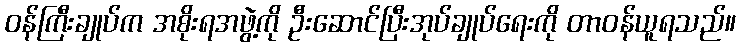
ဝန်ကြီးချုပ်က အစိုးရအဖွဲ့ကို ဦးဆောင်ပြီးအုပ်ချုပ်ရေးကို တာဝန်ယူရသည်။